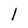
Character: l